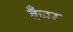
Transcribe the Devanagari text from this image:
बँजर